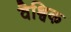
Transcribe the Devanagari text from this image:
वैश्विक